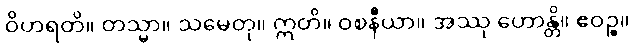
ဝိဟရတိ။ တသ္မာ။ သမေတု။ ဣတိ။ ဝစနီယာ။ အဿု ဟောန္တိ။ ဧဝဉ္စ။